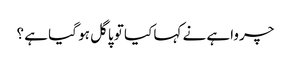
چرواہے نے کہا کیا تو پاگل ہو گیا ہے ؟